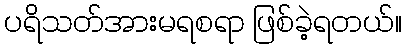
ပရိသတ်အားမရစရာ ဖြစ်ခဲ့ရတယ်။